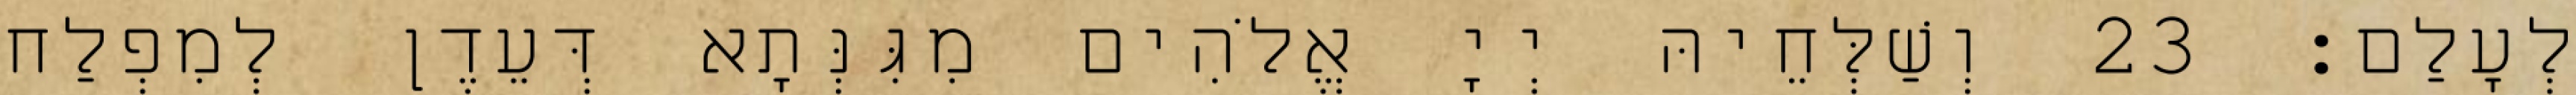
לְעָלַם׃ 23 וְשַׁלְּחֵיהּ יְיָ אֱלֹהִים מִגִּנְּתָא דְּעֵדֶן לְמִפְלַח